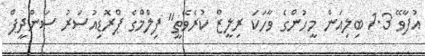
އުފާވޭ 1.3 ބިލިއަން މީހުންގެ ވާހަކަ ރިލީޒް ކުރެވޭތީ" ފިލްމްގެ ޕްރޮޑިއުސަރު ސަންދީޕް